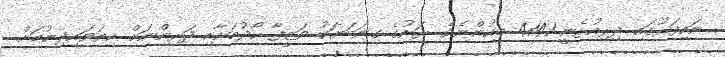
ނައިފަރުގައި ދިރިއުޅެނީ 4141 މީހުންނެވެ. ރަށުގެ ގިނަބަޔަކު ވަޒީފާ ހޯދުމަށާއި ދަރިންނަށް ކިޔަވައިދިނުމަށް